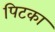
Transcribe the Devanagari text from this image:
पिटका